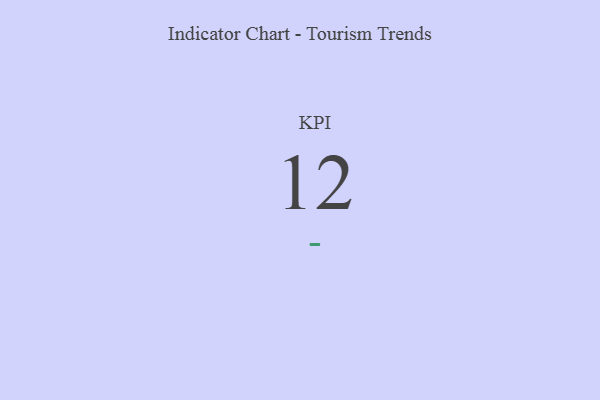
{"axis": {"x": "KPI", "y": "Value"}, "legend": [""], "data": [{"x": "KPI", "y": 12, "type": ""}]}